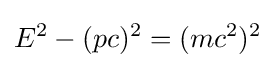
E^{2}-(pc)^{2}=(mc^{2})^{2}